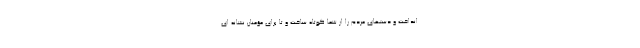
انداخت و دستهاى مردم را از شما كوتاه ساخت و تا براى مؤمنان نشانه اى